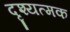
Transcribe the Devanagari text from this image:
दृश्यत्मक